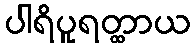
ပါရိပူရတ္ထာယ